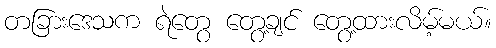
တခြားဒေသက ရဲတွေ တွေ့ချင် တွေ့ထားလိမ့်မယ်။